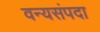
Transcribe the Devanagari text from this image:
वन्यसंपदा